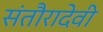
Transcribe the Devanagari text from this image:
संतौरादेवी